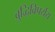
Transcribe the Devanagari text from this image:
बुद्धिविपर्यय